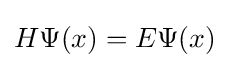
H\Psi (x)=E\Psi (x)